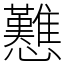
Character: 戁